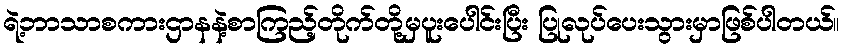
ရဲ့ဘာသာစကားဌာနနဲ့စာကြည့်တိုက်တို့မှပူးပေါင်းပြီး ပြုလုပ်ပေးသွားမှာဖြစ်ပါတယ်။